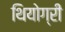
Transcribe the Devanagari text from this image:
थियोग्री